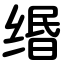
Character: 缗